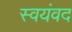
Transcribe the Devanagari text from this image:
स्वयंवद